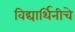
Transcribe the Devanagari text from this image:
विद्यार्थिनीचे